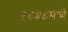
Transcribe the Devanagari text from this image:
१८५८मध्ये